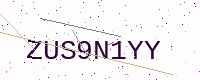
Text: ZUS9N1YY